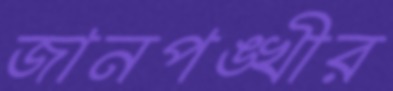
জানপঙ্খীর